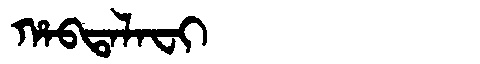
Manchu: ᡥᠠᠪᡨᠠᠯᠠᠸᡳ
Romanization: HABTALAFI